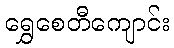
ရွှေစေတီကျောင်း